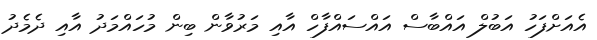
އެއަށްފަހު އަބުލް އައްބާސް އައްސައްފާހް އާއި މަރުވާން ބިން މުހައްމަދު އާއި ދެމެދު